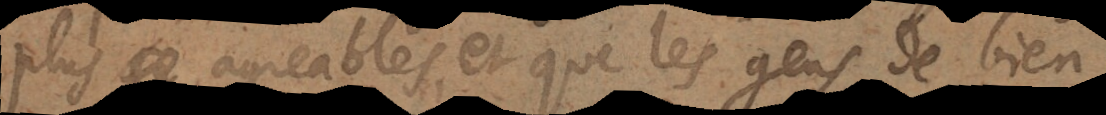
plus agreables, et que les gens de bien,